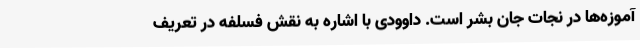
آموزه‌ها در نجات جان بشر است. داوودی با اشاره به نقش فسلفه در تعریف